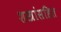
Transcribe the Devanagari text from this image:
शस्त्रांसहित